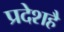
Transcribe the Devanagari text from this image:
प्रदेशहै